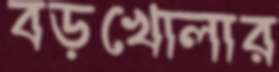
বড়খোলার